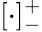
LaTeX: [\cdot]_{-}^{+}